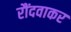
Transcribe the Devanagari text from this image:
रौंदवाकर